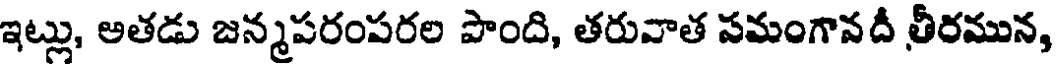
ఇట్లు, అతడు జన్మపరంపరల పొంది, తరువాత సమంగానదీ తీరమున,